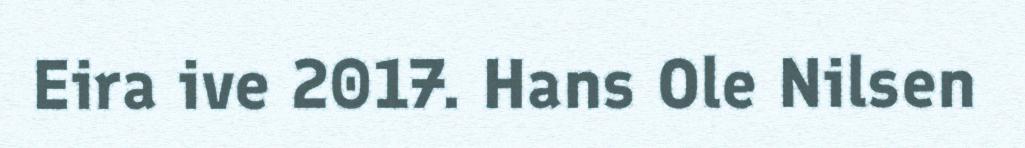
Eira ive 2017. Hans Ole Nilsen